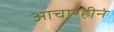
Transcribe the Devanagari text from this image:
आचारहीनं